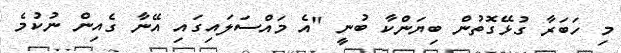
މި ހަބަރާ ގުޅޭގޮތުން ބިޔަންކާ ބުނީ "އެ މައްސަލައިގައި އޭނާ ގެއިން ނުކުމެ